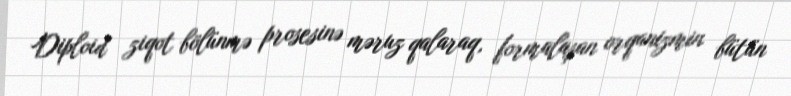
Diploid ziqot bölünmə prosesinə məruz qalaraq, formalaşan orqanizmin bütün